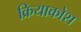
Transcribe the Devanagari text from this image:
क्रियाकोश